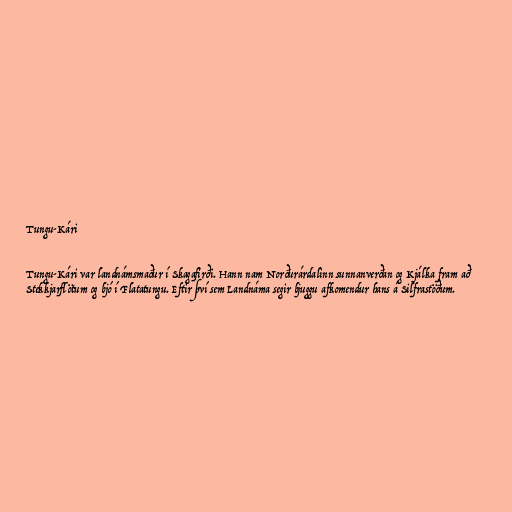
Tungu-Kári

Tungu-Kári var landnámsmaður í Skagafirði. Hann nam Norðurárdalinn sunnanverðan og Kjálka fram að
Stekkjarflötum og bjó í Flatatungu. Eftir því sem Landnáma segir bjuggu afkomendur hans á Silfrastöðum.